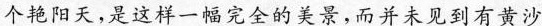
个艳阳天，是这样一幅完全的美景，而并未见到有黄沙